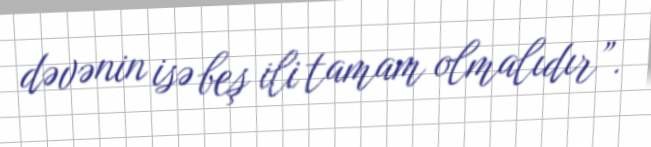
dəvənin isə beş ili tamam olmalıdır”.